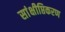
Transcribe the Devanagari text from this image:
सांक्षीप्तिकरण